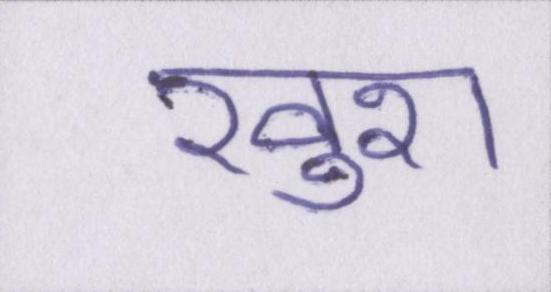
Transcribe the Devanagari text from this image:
खुश